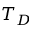
T _ { D }